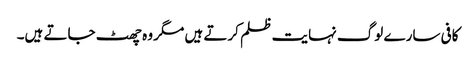
کافی سارے لوگ نہایت ظلم کرتے ہیں مگر وہ چھٹ جاتے ہیں۔